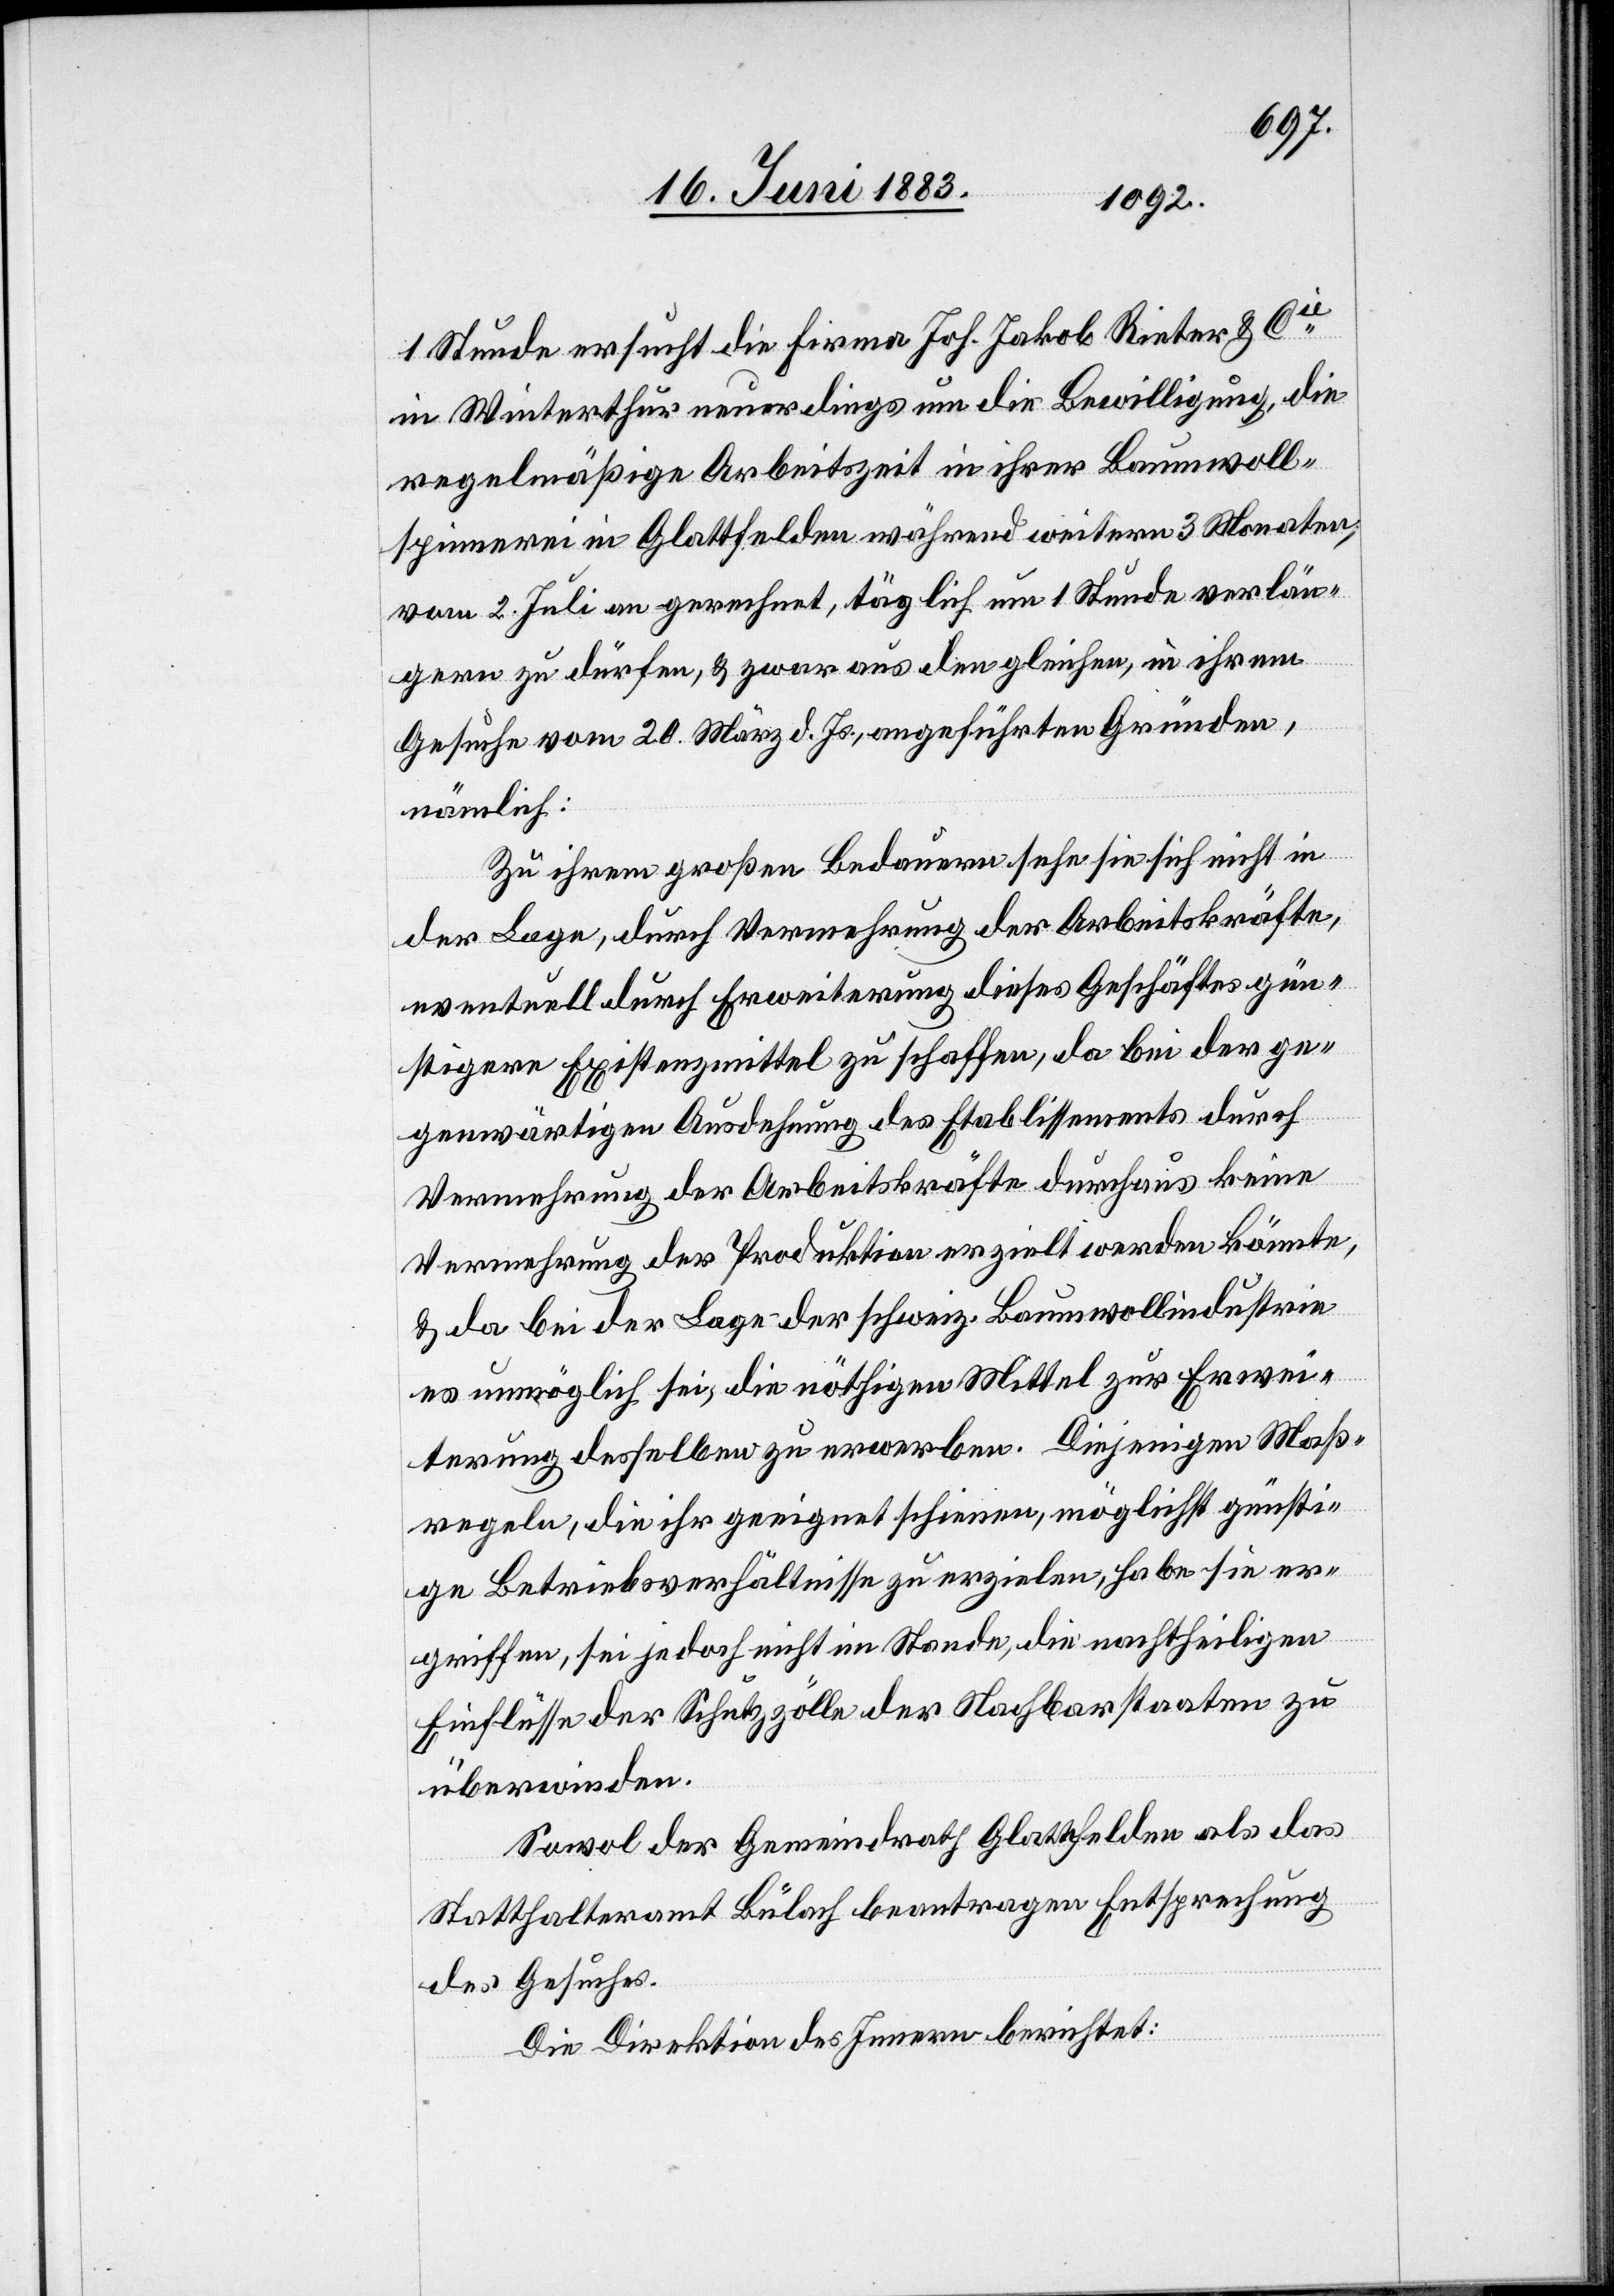
1 Stunde ersucht die Firma Joh. Jakob Rieter & Cie
in Winterthur neuerdings um die Bewilligung, die
regelmäßige Arbeitszeit in ihrer Baumwoll¬
spinnerei in Glattfelden während weitern 3 Monaten,
vom 2. Juli an gerechnet, täglich um 1 Stunde verlän¬
gern zu dürfen, & zwar aus den gleichen, in ihrem
Gesuche vom 20. März d. Js., angeführten Gründen,
nämlich:
Zu ihrem großen Bedauern sehe sie sich nicht in
der Lage, durch Vermehrung der Arbeitskräfte,
eventuell durch Erweiterung dieses Geschäftes gün¬
stigere Existenzmittel zu schaffen, da bei der ge¬
genwärtigen Ausdehnung des Etablissements durch
Vermehrung der Arbeitskräfte durchaus keine
Vermehrung der Produktion erzielt werden könnte,
& da bei der Lage der schweiz. Baumwollindustrie
es unmöglich sei, die nöthigen Mittel zur Erwei¬
terung desselben zu erwerben. Diejenigen Maß¬
regeln, die ihr geeignet scheinen, möglichst günsti¬
ge Betriebsverhältnisse zu erzielen, habe sie er¬
griffen, sei jedoch nicht im Stande, die nachtheiligen
Einflüsse der Schutzzölle der Nachbarstaaten zu
überwinden.
Sowol der Gemeindrath Glattfelden als das
Statthalteramt Bülach beantragen Entsprechung
des Gesuches.
Die Direktion des Innern berichtet: